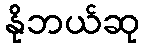
နိုဘယ်ဆု